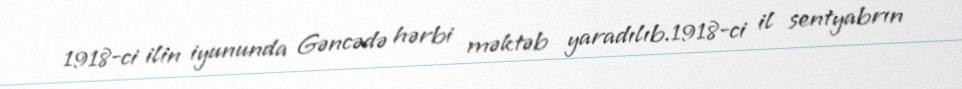
1918-ci ilin iyununda Gəncədə hərbi məktəb yaradılıb.1918-ci il sentyabrın